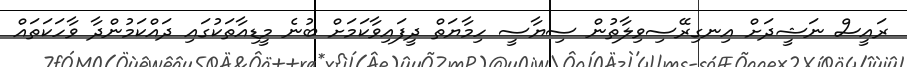
ރައީސް ނަޝީދަށް އިނގިރޭސިވިލާތުން ސިޔާސީ ހިމާޔަތް ދީފައިވާކަމަށް ބުނެ މީޑިއާތަކުގައި ދައްކަމުންދާ ވާހަކަތައް